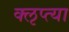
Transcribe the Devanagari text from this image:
क्‍ऌप्‍त्या